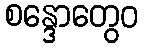
စန္ဒောတွေဝ